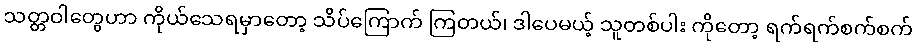
သတ္တဝါတွေဟာ ကိုယ်သေရမှာတော့ သိပ်ကြောက် ကြတယ်၊ ဒါပေမယ့် သူတစ်ပါး ကိုတော့ ရက်ရက်စက်စက်